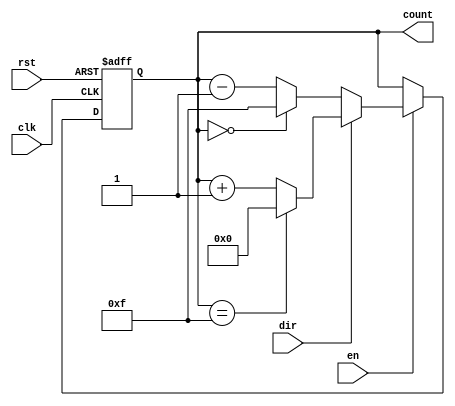
module MemoryBlocksBinaryCounter (
    input wire clk,          // Clock input
    input wire rst,          // Asynchronous reset
    input wire en,           // Enable counting
    input wire dir,          // Direction: 0 for down, 1 for up
    output reg [3:0] count   // 4-bit count output
);

    // Parameter for maximum count value
    parameter MAX_COUNT = 4'b1111; // 15 in decimal for a 4-bit counter
    parameter MIN_COUNT = 4'b0000; // 0 in decimal for a 4-bit counter

    // Asynchronous reset or counting logic
    always @(posedge clk or posedge rst) begin
        if (rst) begin
            count <= MIN_COUNT; // Reset to 0
        end else if (en) begin
            if (dir) begin
                // Count Up
                if (count == MAX_COUNT) begin
                    count <= MIN_COUNT; // Wrap around
                end else begin
                    count <= count + 1; // Increment count
                end
            end else begin
                // Count Down
                if (count == MIN_COUNT) begin
                    count <= MAX_COUNT; // Wrap around
                end else begin
                    count <= count - 1; // Decrement count
                end
            end
        end
    end

endmodule